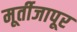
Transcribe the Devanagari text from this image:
मूर्तीजापूर